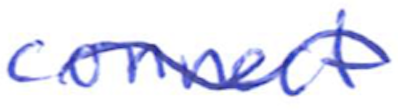
Text: connect
Cross-out: wave
Writing tool: ballpoint